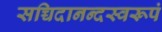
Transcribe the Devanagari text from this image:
सच्चिदानन्दस्वरूपं